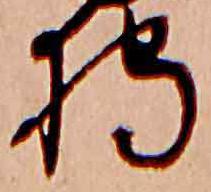
狩